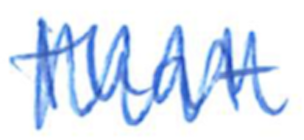
Text: that
Cross-out: zig-zag
Writing tool: ballpoint